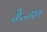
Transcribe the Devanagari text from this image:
चौ॰चरण